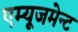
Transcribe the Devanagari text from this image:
एम्‍यूजमेन्‍ट